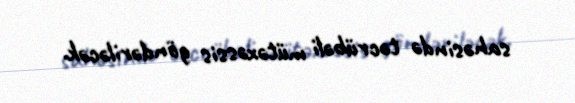
sahəsində təcrübəli mütəxəssis göndəriləcək.